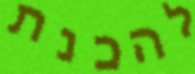
להכנת